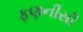
ફણનીસી